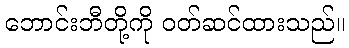
ဘောင်းဘီတို့ကို ဝတ်ဆင်ထားသည်။